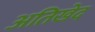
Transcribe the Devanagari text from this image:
अतिखेद